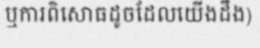
ឬការពិសោធដូចដែលយើងដឹង)